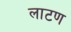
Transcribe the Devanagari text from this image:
लाटण